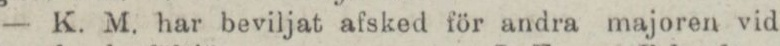
— K. M. har beviljat afsked för andra majoren vid